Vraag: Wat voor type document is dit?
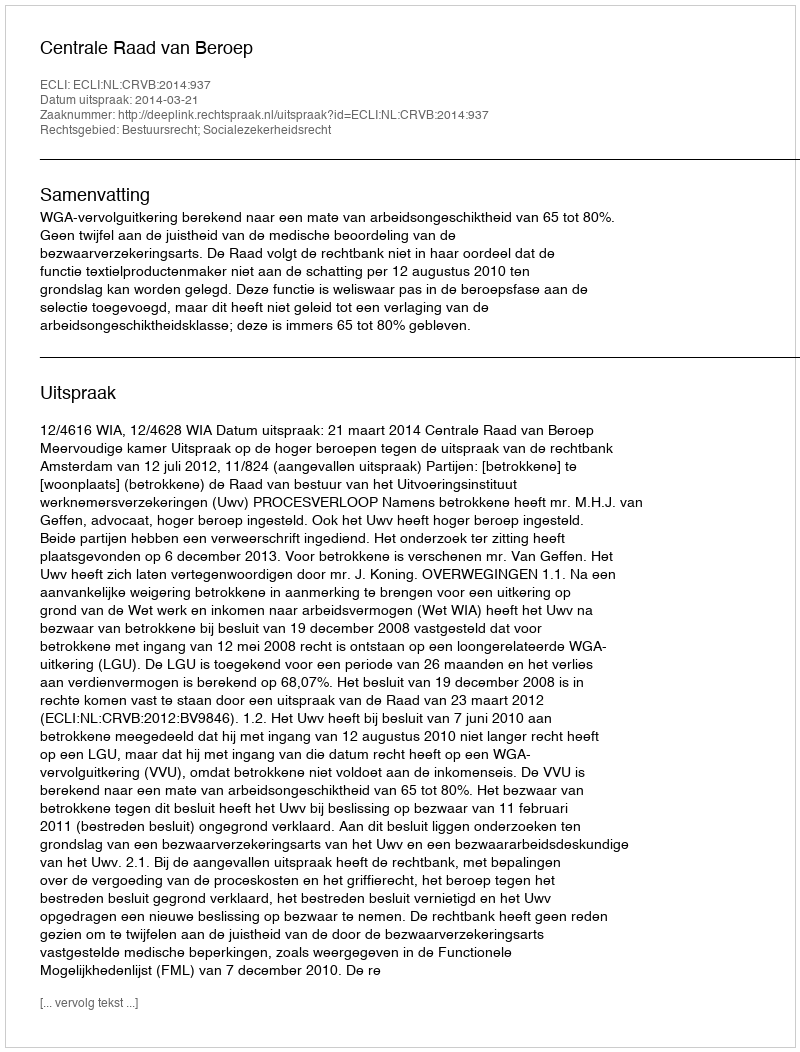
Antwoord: Uitspraak